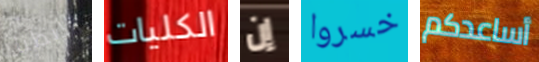
يربطنا الكليات إن خسروا أساعدكم